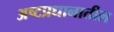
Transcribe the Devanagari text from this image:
अष्टप्रधानातील